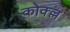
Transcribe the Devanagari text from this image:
कोक्ल्ल